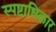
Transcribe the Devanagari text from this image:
स्पष्टाधिकार